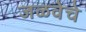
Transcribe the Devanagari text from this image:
जळवेचे